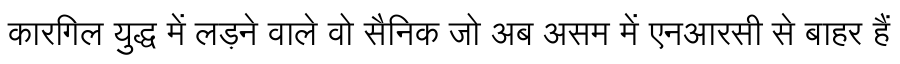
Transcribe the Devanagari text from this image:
कारगिल युद्ध में लड़ने वाले वो सैनिक जो अब असम में एनआरसी से बाहर हैं